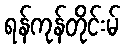
ရန်ကုန်တိုင်းမ်